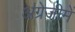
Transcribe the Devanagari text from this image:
अंग्रेजीमें